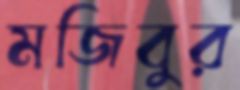
মজিবুর